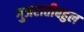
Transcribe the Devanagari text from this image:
गुजरातीबहुल